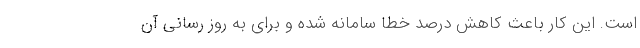
است. این کار باعث کاهش درصد خطا سامانه شده و برای به روز رسانی آن